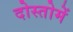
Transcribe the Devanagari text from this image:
दोस्तोमें